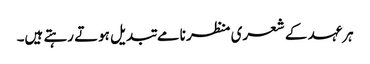
ہرعہد کے شعری منظر نامے تبدیل ہوتے رہتے ہیں۔